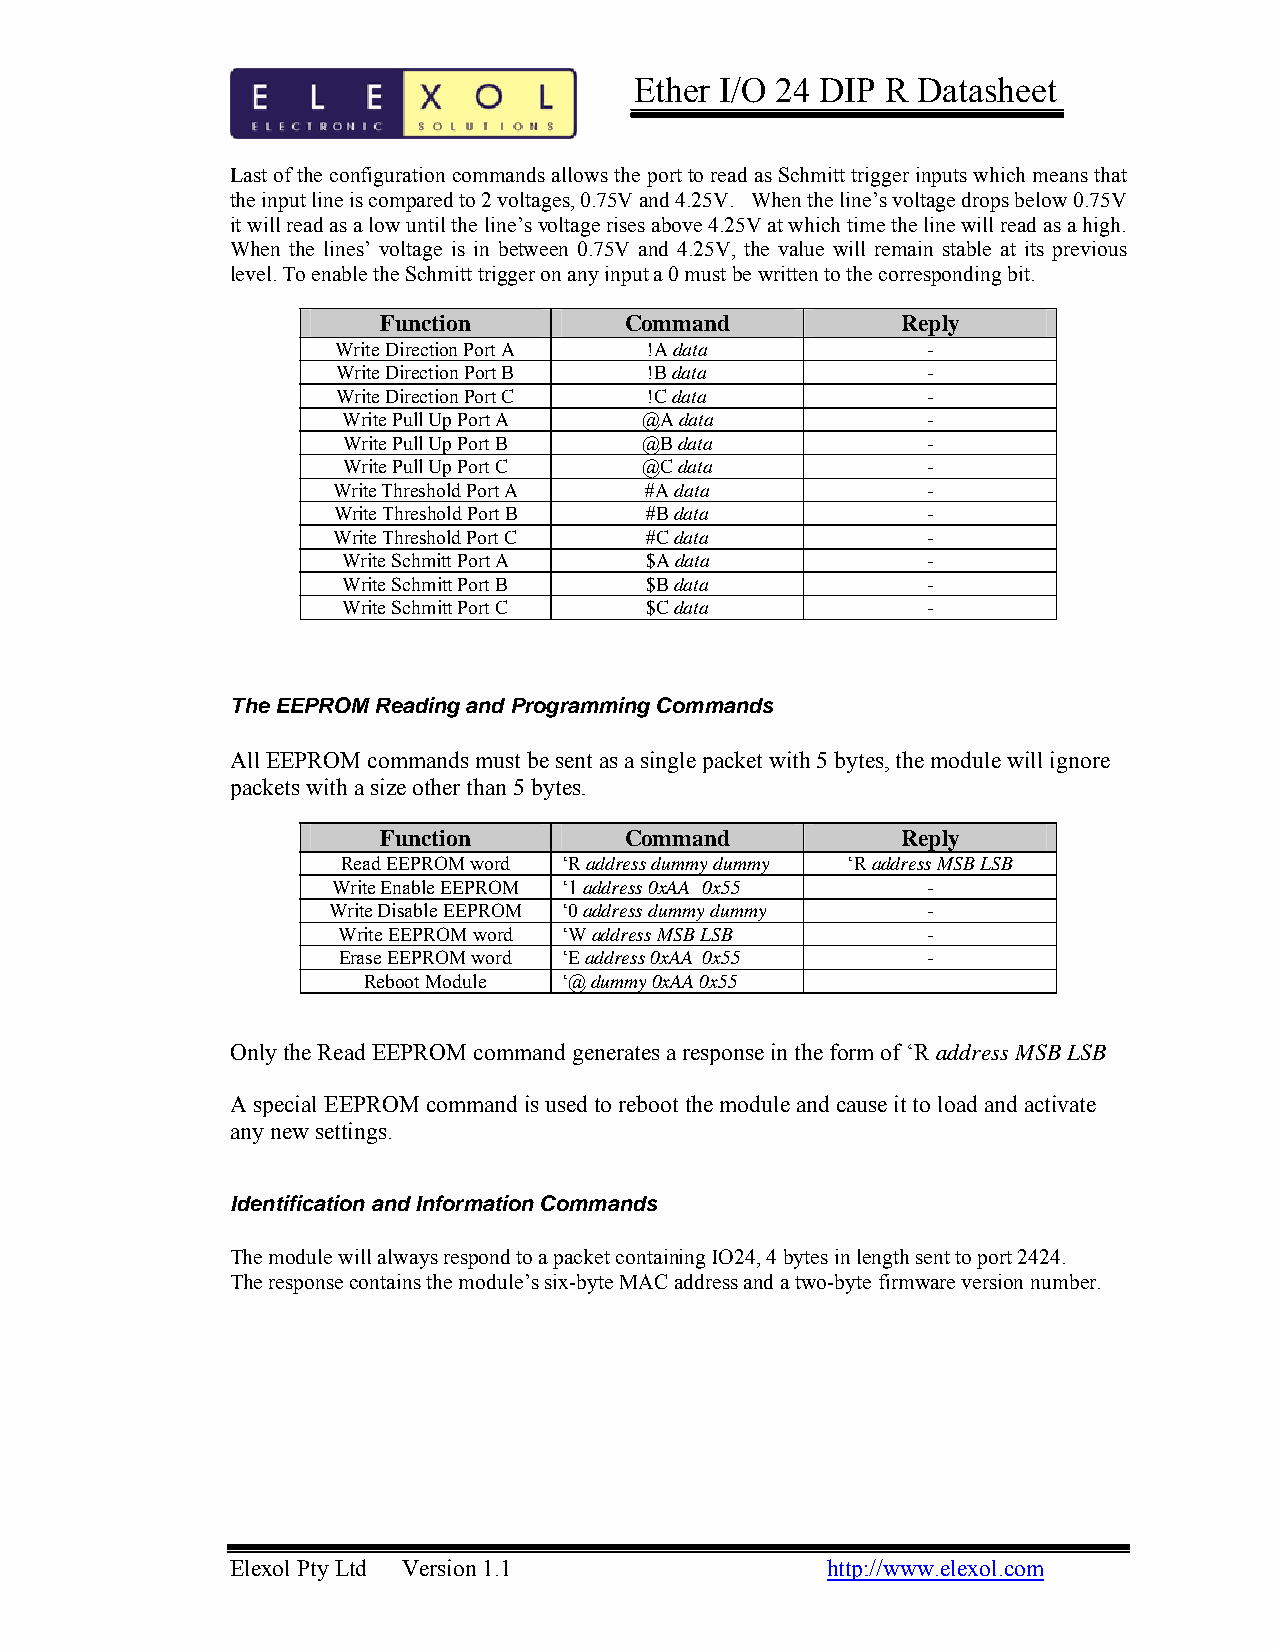
Ether I/O 24 DIP R Datasheet
 Last of the configuration commands allows the port to read as Schmitt trigger inputs which means that
 the input line is compared to 2 voltages, 0.75V and 4.25V. When the line’s voltage drops below 0.75V
 it will read as a low until the line’s voltage rises above 4.25V at which time the line will read as a high.
 When the lines’ voltage is in between 0.75V and 4.25V, the value will remain stable at its previous
 level. To enable the Schmitt trigger on any input a 0 must be written to the corresponding bit.
 Function        Command            Reply
 Write Direction Port A !A data         -
 Write Direction Port B !B data         -
 Write Direction Port C !C data         -
 Write Pull Up Port A @A data          -
 Write Pull Up Port B @B data          -
 Write Pull Up Port C @C data          -
 Write Threshold Port A #A data         -
 Write Threshold Port B #B data         -
 Write Threshold Port C #C data         -
 Write Schmitt Port A $A data          -
 Write Schmitt Port B $B data          -
 Write Schmitt Port C $C data          -
 The EEPROM Reading and Programming Commands
 All EEPROM commands must be sent as a single packet with 5 bytes, the module will ignore
 packets with a size other than 5 bytes.
 Function        Command            Reply
 Read EEPROM word ‘R address dummy dummy ‘R address MSB LSB
 Write Enable EEPROM ‘1 address 0xAA 0x55 -
 Write Disable EEPROM ‘0 address dummy dummy -
 Write EEPROM word ‘W address MSB LSB   -
 Erase EEPROM word ‘E address 0xAA 0x55 -
 Reboot Module ‘@ dummy 0xAA 0x55
 Only the Read EEPROM command generates a response in the form of ‘R address MSB LSB
 A special EEPROM command is used to reboot the module and cause it to load and activate
 any new settings.
 Identification and Information Commands
 The module will always respond to a packet containing IO24, 4 bytes in length sent to port 2424.
 The response contains the module’s six-byte MAC address and a two-byte firmware version number.
 Elexol Pty Ltd Version 1.1              http://www.elexol.com